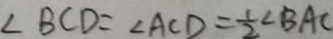
\angle B C D = \angle A C D = \frac { 1 } { 2 } \angle B A C